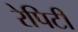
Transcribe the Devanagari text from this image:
रेपिटी